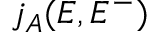
j _ { A } ( E , E ^ { - } )